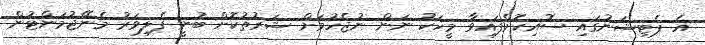
އެ ޕެޓިޝަނުގައި ސޮއިކޮށްފައިވާ މީހަކު ނަން ނުޖެހުމަށް ޝަރުތުކޮށް ބުނީ ފެލިވަރު މެނޭޖުމަންޓުން